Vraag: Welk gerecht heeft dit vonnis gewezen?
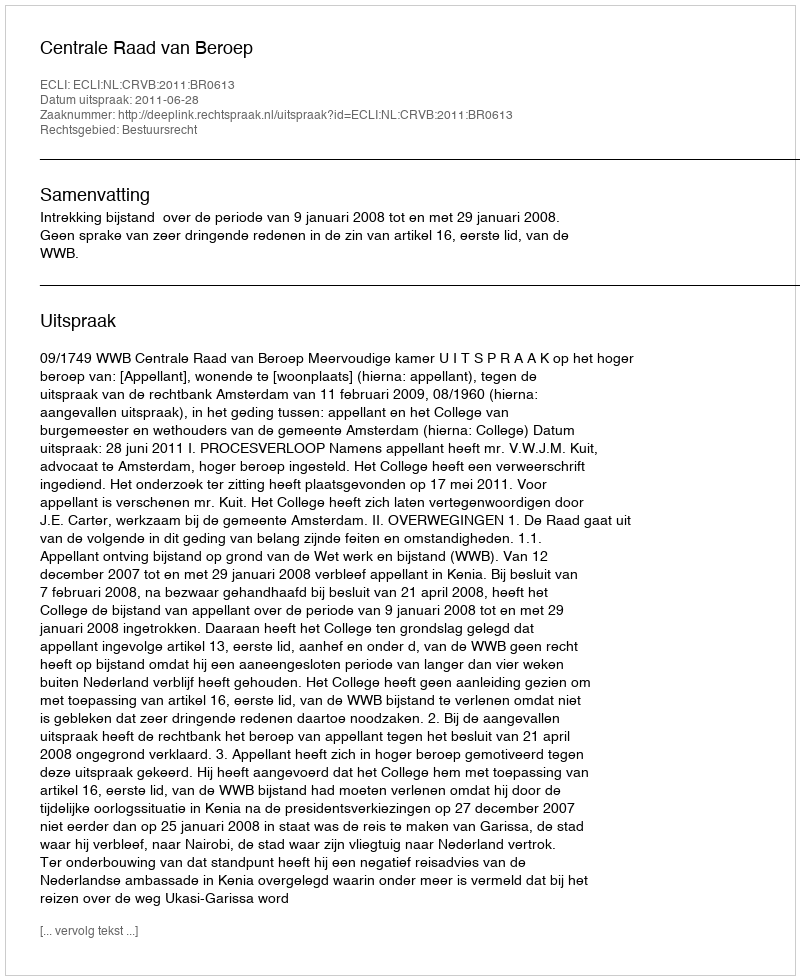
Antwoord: Centrale Raad van Beroep